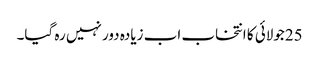
25جولائی کا انتخاب اب زیادہ دور نہیں رہ گیا۔